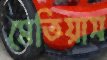
মেতিয়াস